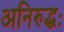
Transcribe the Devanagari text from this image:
अनिरुद्धः